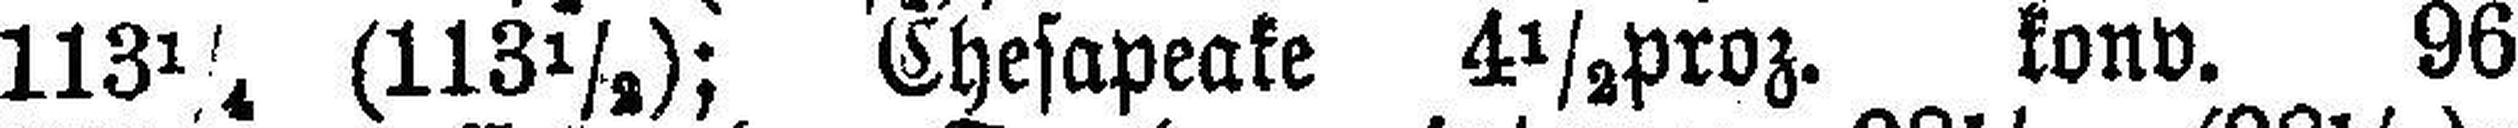
113¼ (113½); Chesapeake 4½proz. konv. 96